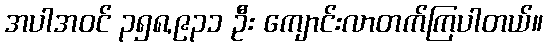
အပါအဝင် ၃၅၈,၉၃၁ ဦး ကျောင်းလာတက်ကြပါတယ်။